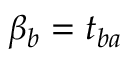
\beta _ { b } = t _ { b a }